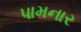
પામનાર